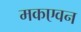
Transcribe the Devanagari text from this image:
मकएवन